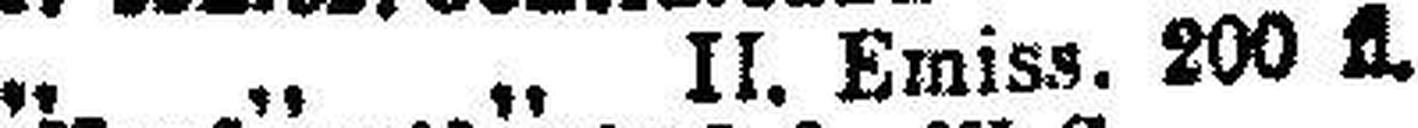
„ „ „ II. Emiss. 200 fl.